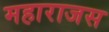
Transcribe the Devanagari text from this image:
महाराजस